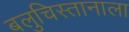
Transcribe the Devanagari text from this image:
बलुचिस्तानाला